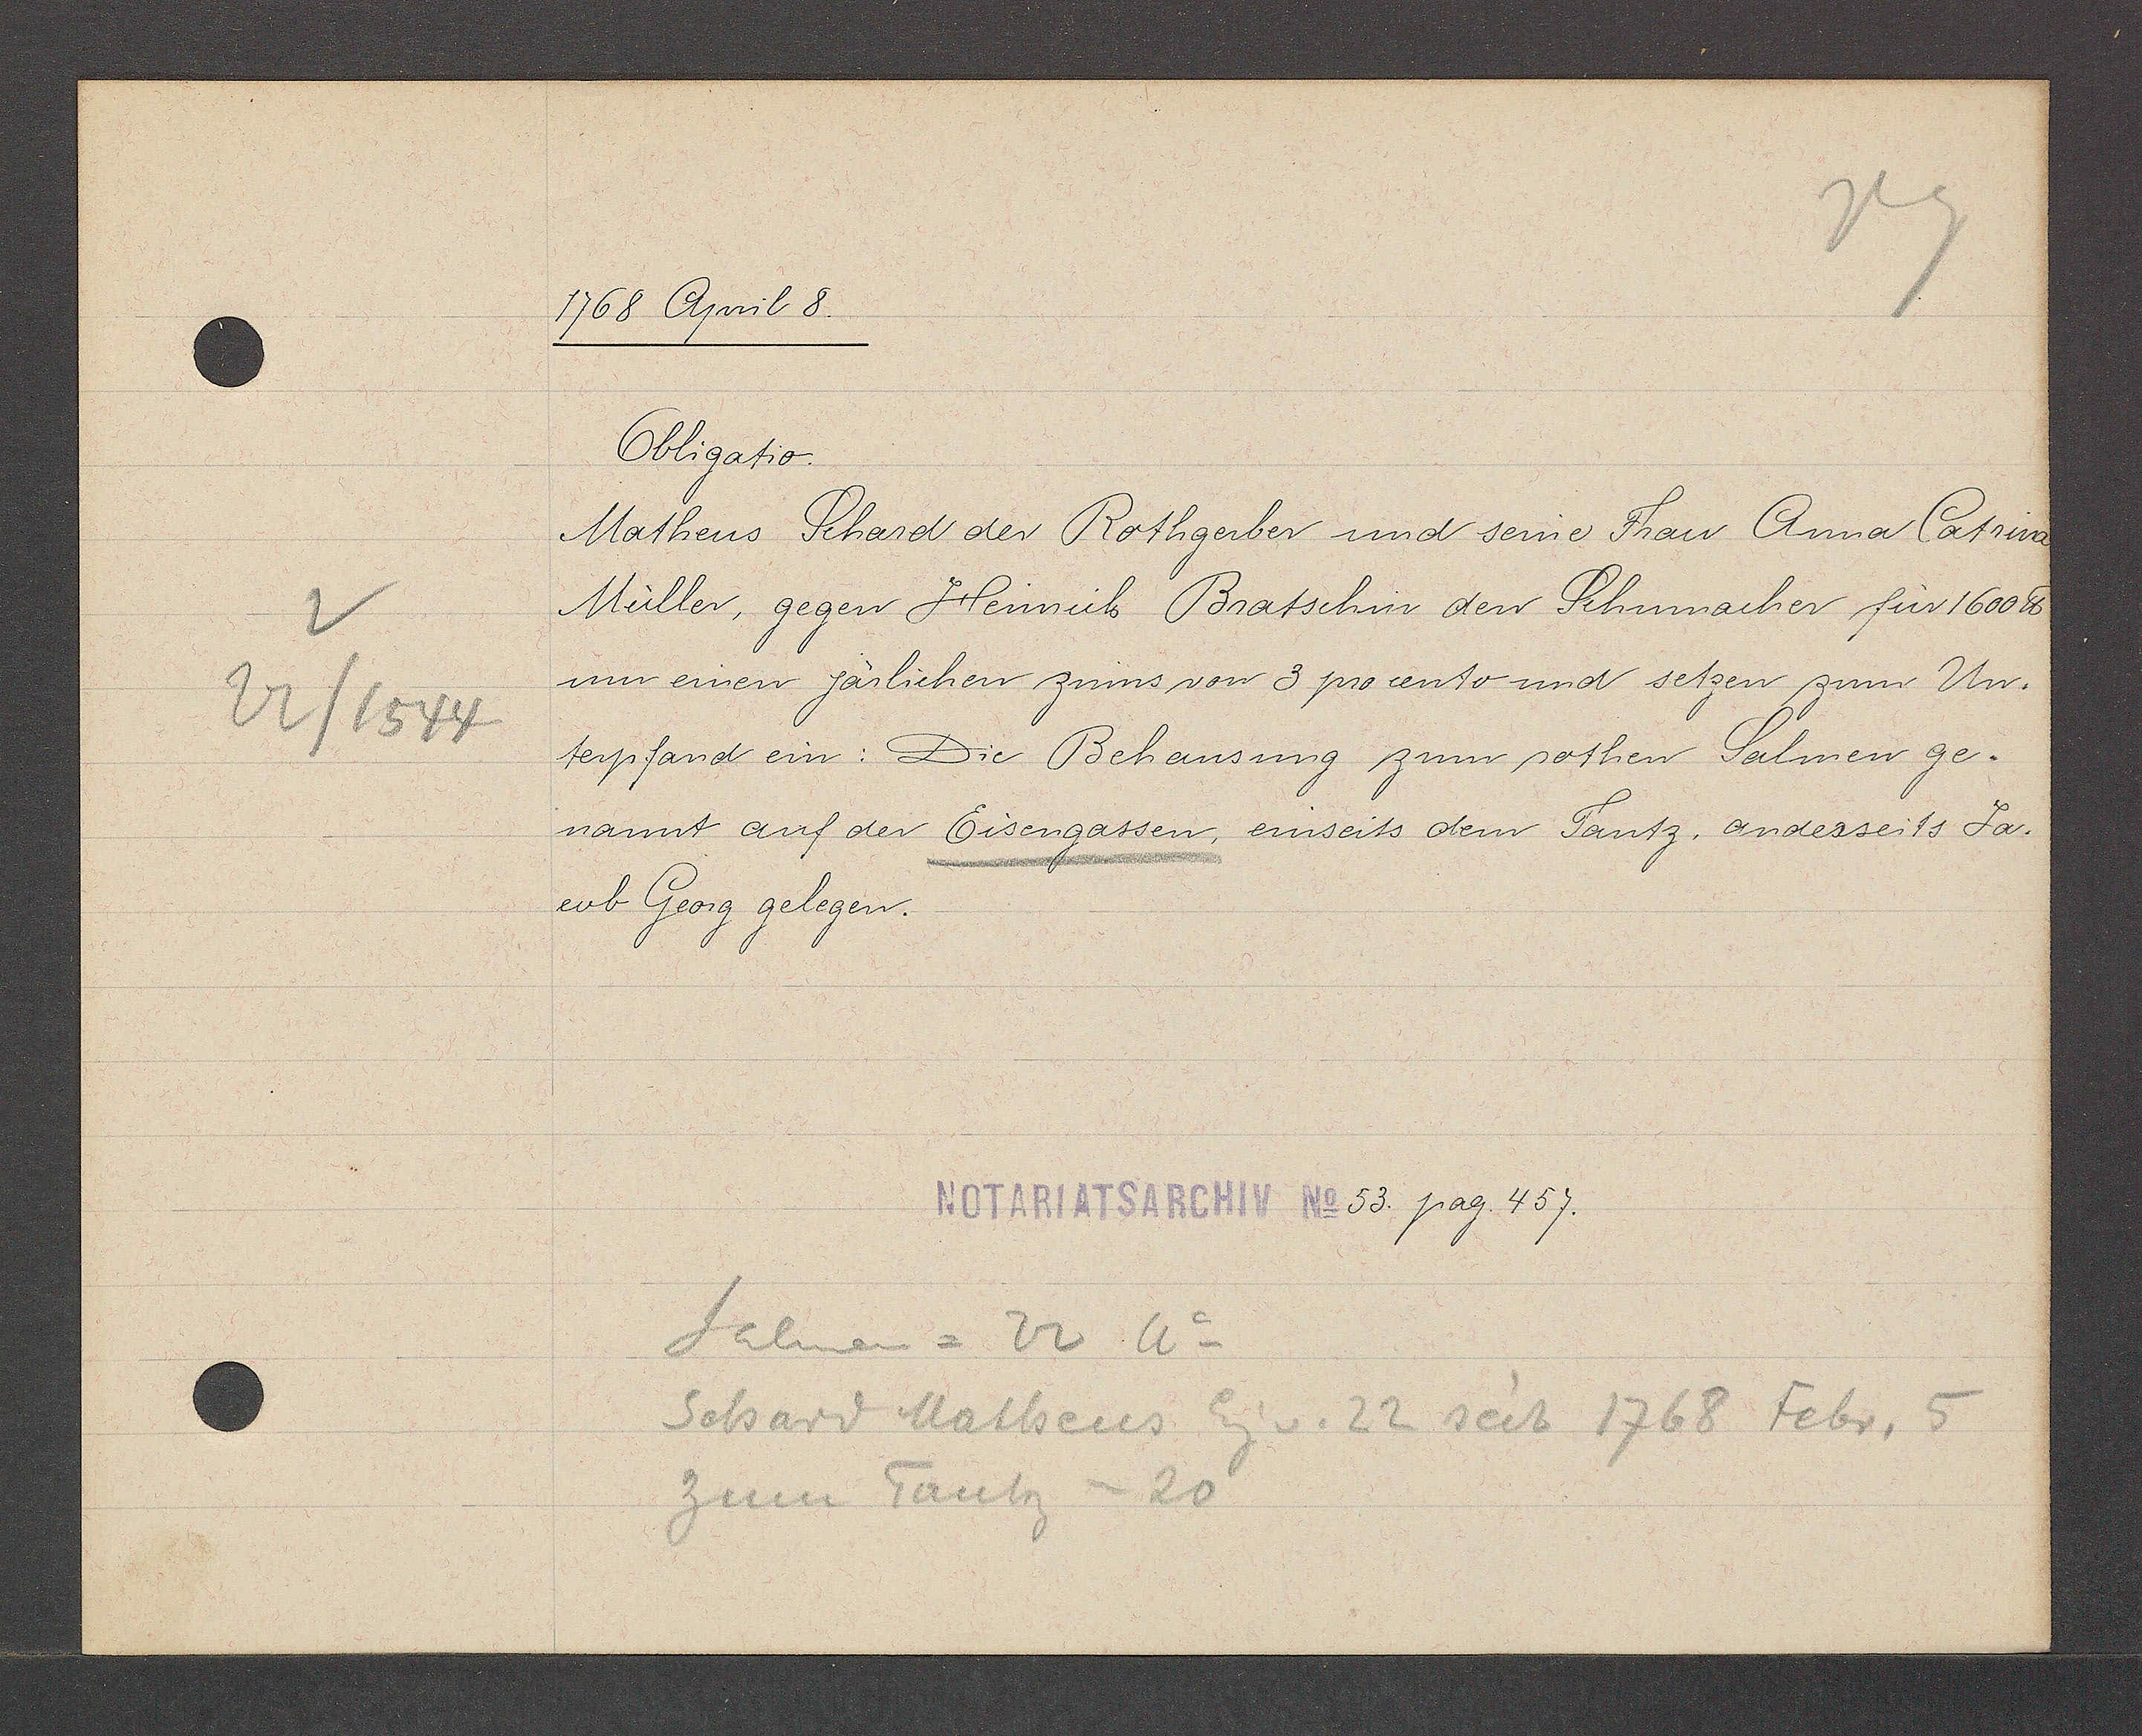
Transcript:
22/1544

1768 April 8.
Obligatio.
Matheus Schard der Rothgerber und seine Frau Anna Catrina
Müller, gegen Heinrich Bratschin den Schumacher für 1600 ℔
um einen järlichen zinns von 3 pro cento und setzen zum Un-
terpfand ein: Die Behausung zum rothen Salmen ge-
nannt auf der Eisengassen, einseits dem Tantz, anderseits Ja-
cob Georg gelegen.
53. pag 457.
Salmen= 22 Ao
Schard Matheus Eg v. 22 seit 1768 Febr. 5
zum Tantz = 20